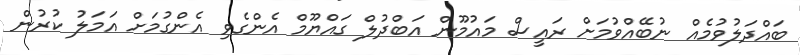
ބައްދަލުވުމެއް ނުބޭއްވުމަށް ރައީސް މައުމޫން އަބްދުލް ގައްޔޫމް އެންގެވި އެންގުމަށް އަމަލު ކުރުން